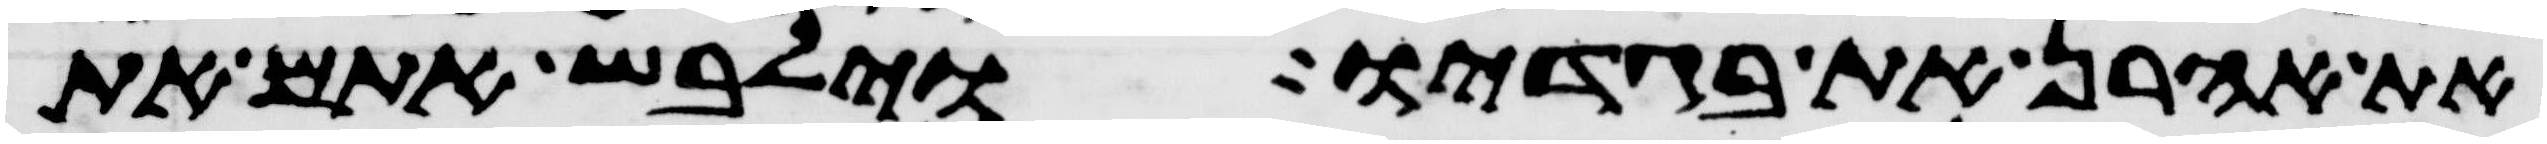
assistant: את אהרן את בגדיו וילבש אתם את